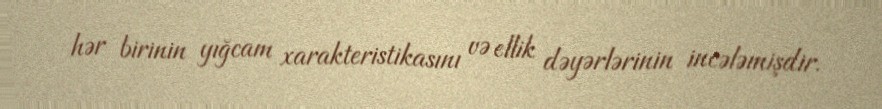
hər birinin yığcam xarakteristikasını və ellik dəyərlərinin incələmişdir.